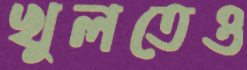
খুলতেও